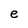
Character: e